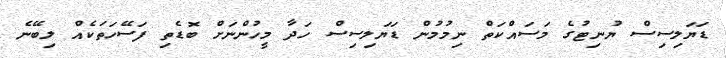
ޑަޔަލިސިސް ޔުނިޓުގެ މަސައްކަތް ނިމުމުން ޑަޔަލިސިސް ހަދާ މީހުންނަށް ބޮޑެތި ފަސޭހަތަކެއް ލިބޭނެ